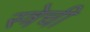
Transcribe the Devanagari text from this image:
स्त्रेची